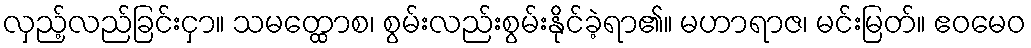
လှည့်လည်ခြင်းငှာ။ သမတ္ထောစ၊ စွမ်းလည်းစွမ်းနိုင်ခဲ့ရာ၏။ မဟာရာဇ၊ မင်းမြတ်။ ဧဝမေဝ